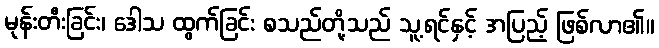
မုန်းတီးခြင်း၊ ဒေါသ ထွက်ခြင်း စသည်တို့သည် သူ့ရင်နှင့် အပြည့် ဖြစ်လာ၏။